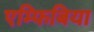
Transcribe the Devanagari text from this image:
एम्फिबिया